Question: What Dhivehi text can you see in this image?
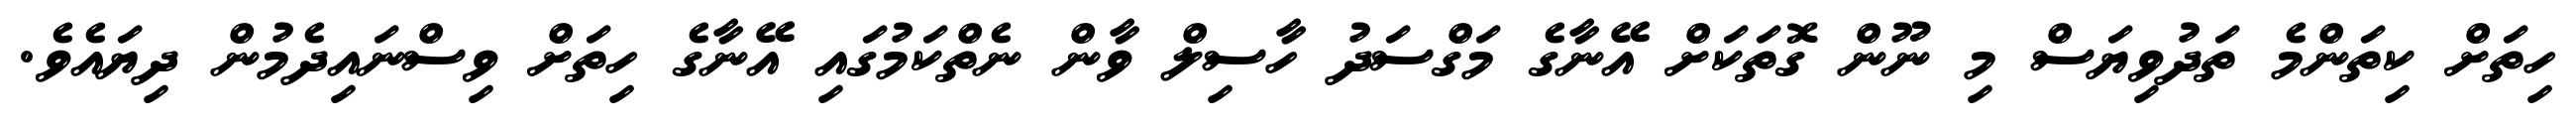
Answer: ހިތަށް ކިތަންމެ ތަދުވިޔަސް މި ނޫން ގޮތަކަށް އޭނާގެ މަގްސަދު ހާސިލް ވާން ނެތްކަމުގައި އޭނާގެ ހިތަށް ވިސްނައިދެމުން ދިޔައެވެ.